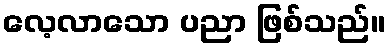
လေ့လာသော ပညာ ဖြစ်သည်။